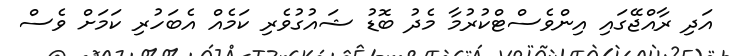
އަދި ރާއްޖޭގައި އިންވެސްޓްކުރުމާ މެދު ބޮޑު ޝައުގުވެރި ކަމެއް އެބަހުރި ކަމަށް ވެސް